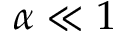
\alpha \ll 1